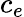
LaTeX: c_{e}